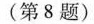
)(第8题)